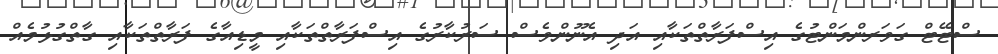
ސްޓޭޓް ގަވަރންމަންޓުގެ އިސްފަރާތްތަކާއި އަދި އެނޫންވެސް ސަރުކާރުގެ އިސްފަރާތްތަކާއި މީޑިއާގެ ފަރާތްތަކާއި ގާތްގުޅުމެއް